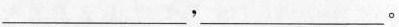
_________,_________。